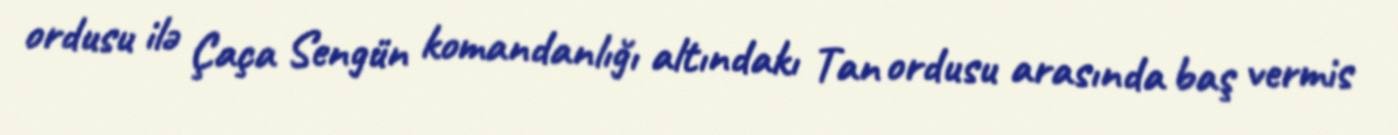
ordusu ilə Çaça Sengün komandanlığı altındakı Tan ordusu arasında baş vermis